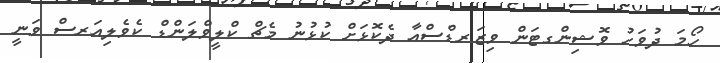
ހޯމަ ދުވަހު ވޮޝިންގޓަން ވިޒަރޑްސްއާ ދެކޮޅަށް ކުޅުނު މެޗް ކްލީވްލަންޑް ކެވެލިއަރސް ވަނީ